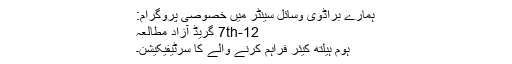
ہمارے براڈوی وسائل سینٹر میں خصوصی پروگرام:
7th-12 گریڈ آزاد مطالعہ
ہوم ہیلتھ کیئر فراہم کرنے والے کا سرٹیفیکیشن۔